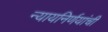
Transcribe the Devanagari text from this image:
न्यायनिर्णयांची